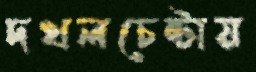
দখলচেষ্টায়